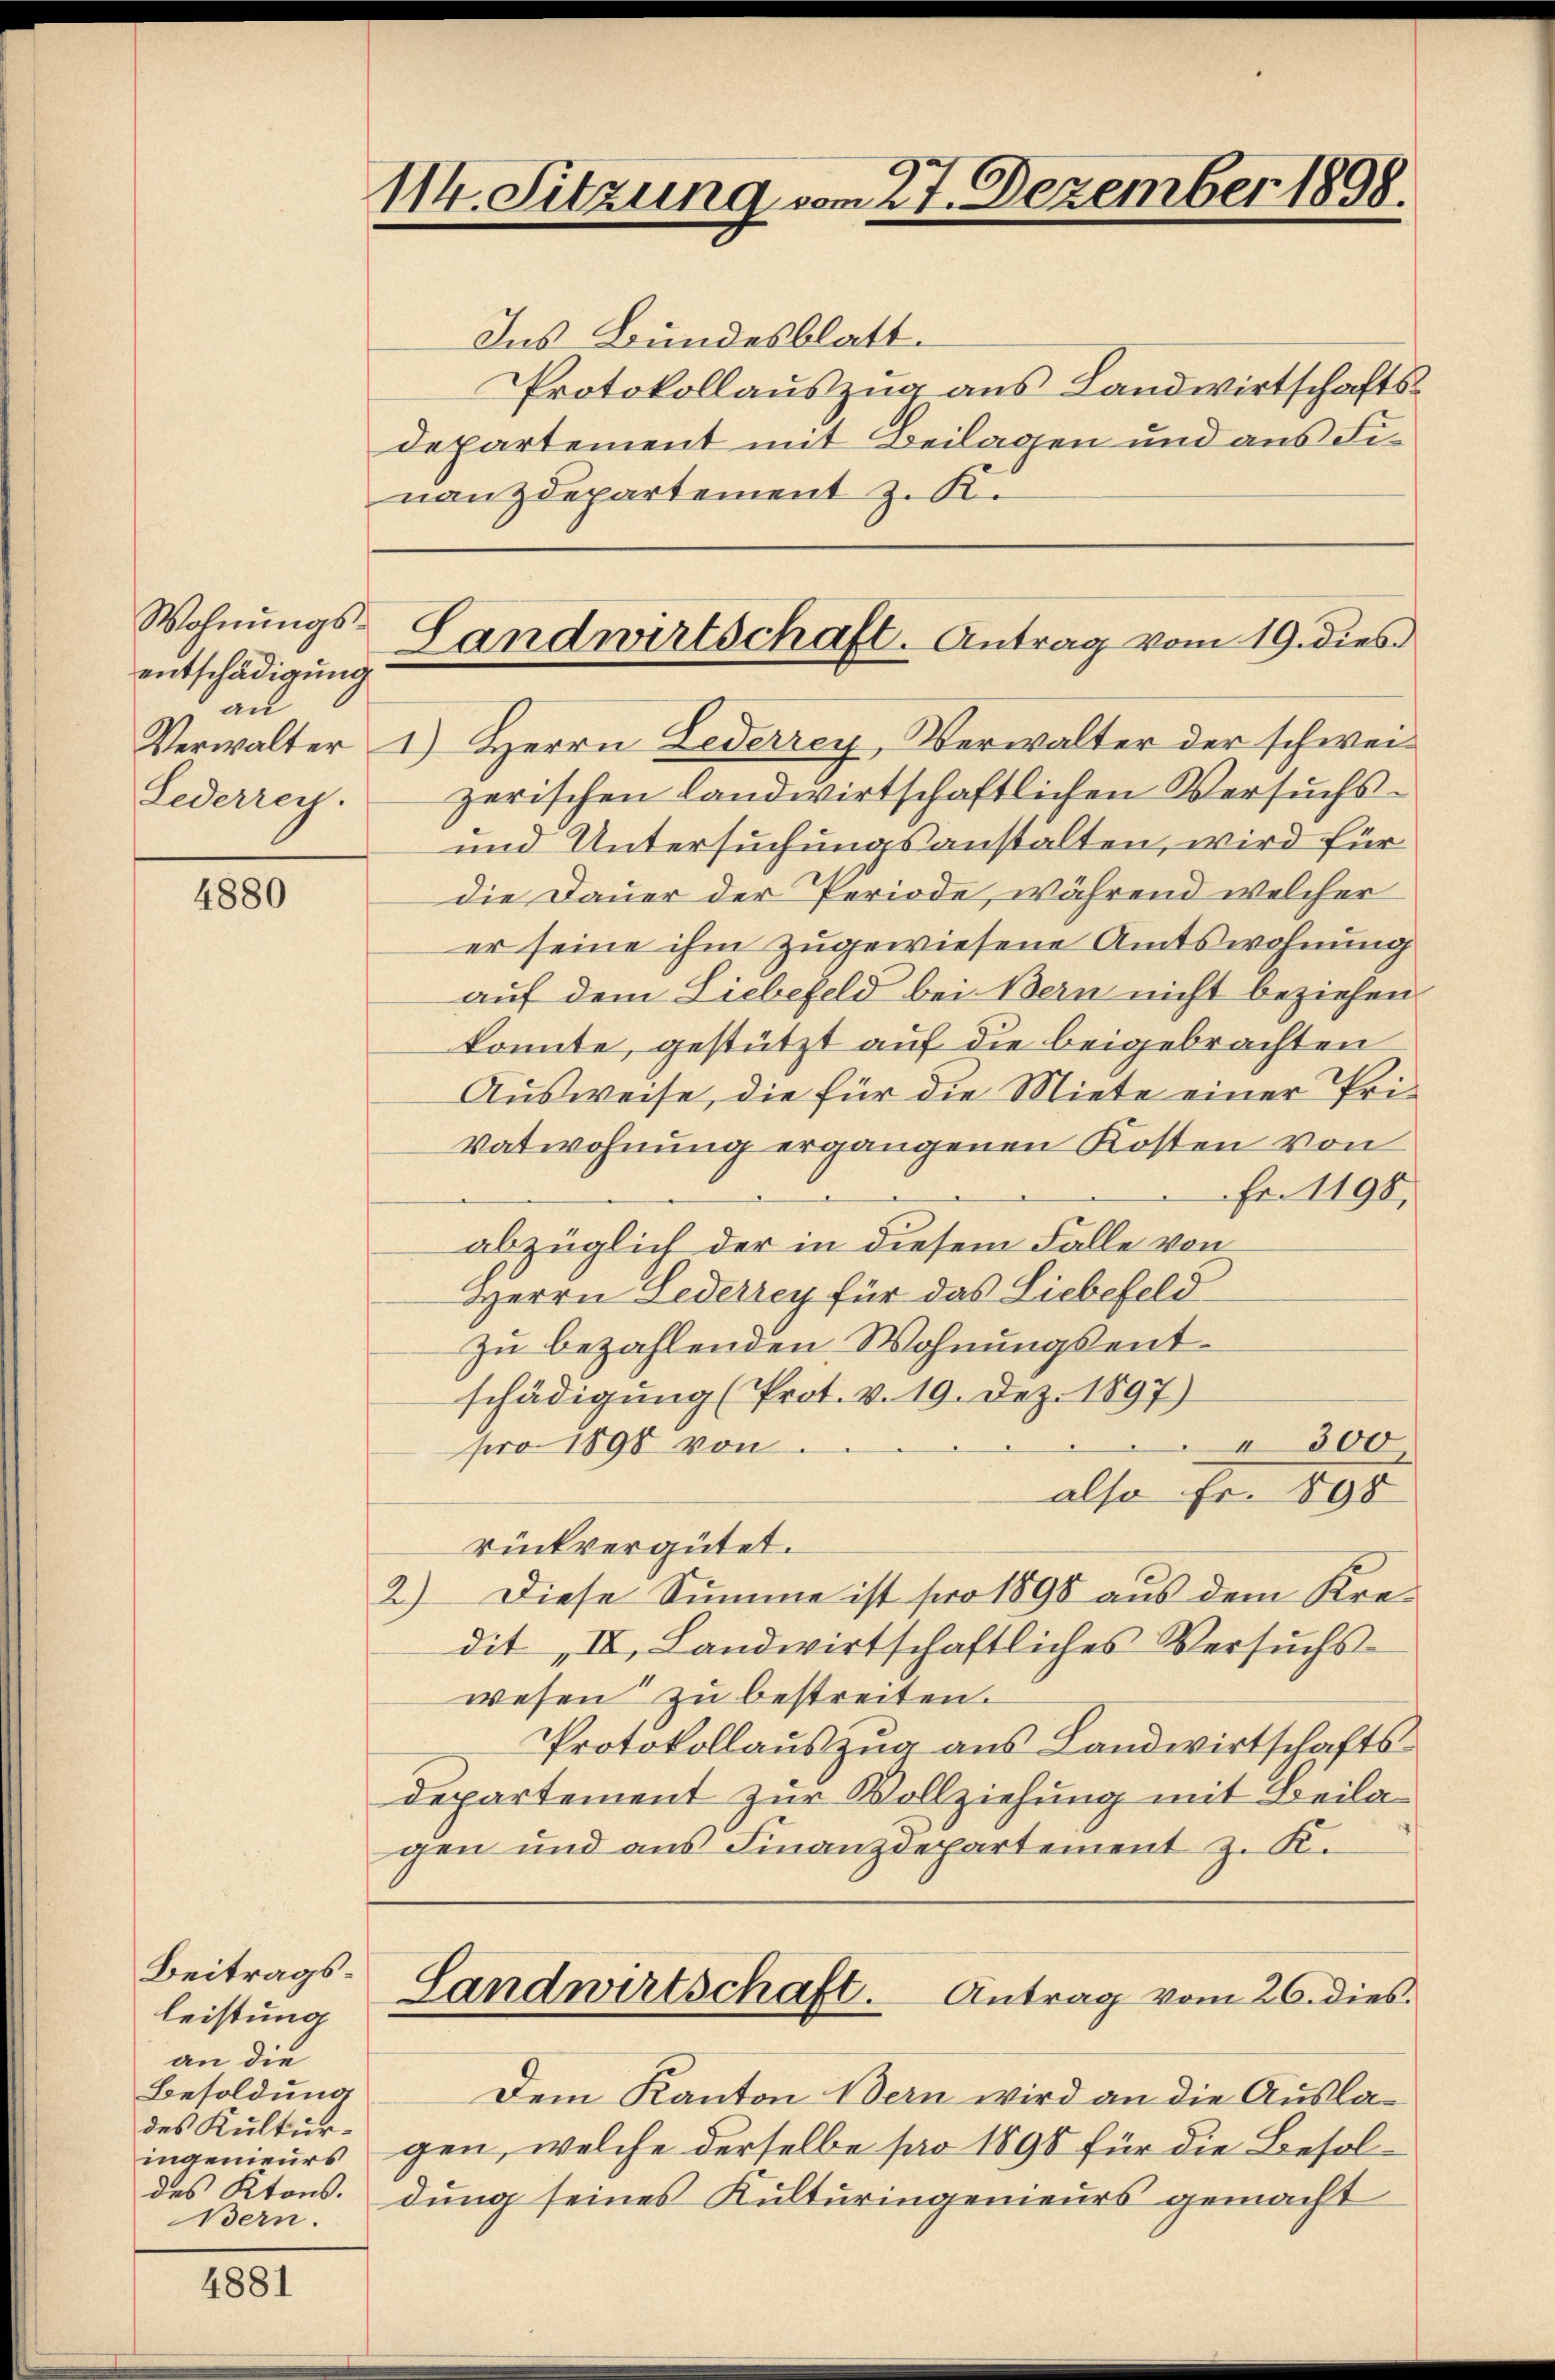
Wohnungsentschädigung
an
Lederrey.

4880

Beitragsleistung
an die
Besoldung
des Kultur-
ingenieurs
Bern.

4881

114. Sitzung vom 27. Dezember 1898.

Ins Bundesblatt.
Protokollauszug aus Landwirtschaftsdepartement mit Beilagen und aus Finanzdepartement z. K.
Verwalter 1.) Herrn Lederrey, Verwalter der schweizerischen landwirtschaftlichen Versuchs-
und Untersuchungsanstalten, wird für
die Dauer der Periode, während welcher
er seine ihm zugewiesene Amtswohnung
auf dem Liebefeld bei Bern nicht beziehen.
konnte, gestützt auf die beigebrachten
Ausweise, die für die Miete einer Privatwohnung ergangenen Kosten von
Fr. 1198,
abzüglich der in diesem Falle von
Herrn Lederrey für das Liebefeld
zu bezahlenden Wohnungsentschädigung (Prot. v. 19. Dez. 1897)
300
pro 1890 von
also Fr. 898
rückvergütet.
2.) Diese Summe ist pro 1898 aus dem Kredit „IV, Landwirtschaftliches Versŭchs-
wesen zu bestreiten.
Protokollauszug aus Landwirtschaftsdepartement zur Vollziehung mit Beilagen und aus Finanzdepartement z. K.
Landwirtschaft.
Antrag vom 26. dies
Dem Kanton Bern wird an die Auslagen, welche derselbe pro 1895 für die Besoldes Ktons. dung seines Kulturingenieurs gemacht

Landwirtschaft. Antrag vom 19. dies